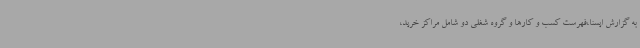
به گزارش ایسنا،فهرست کسب و کارها و گروه شغلی دو شامل مراکز خرید،